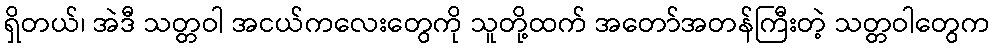
ရှိတယ်၊ အဲဒီ သတ္တဝါ အငယ်ကလေးတွေကို သူတို့ထက် အတော်အတန်ကြီးတဲ့ သတ္တဝါတွေက